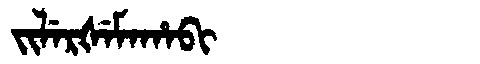
Manchu: ᠵᡳᠯᡝᡵᡧᡝᠮᠠᡥᠠᠪᡳ
Romanization: JILERŠEMAHABI